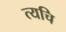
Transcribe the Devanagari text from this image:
त्यचि